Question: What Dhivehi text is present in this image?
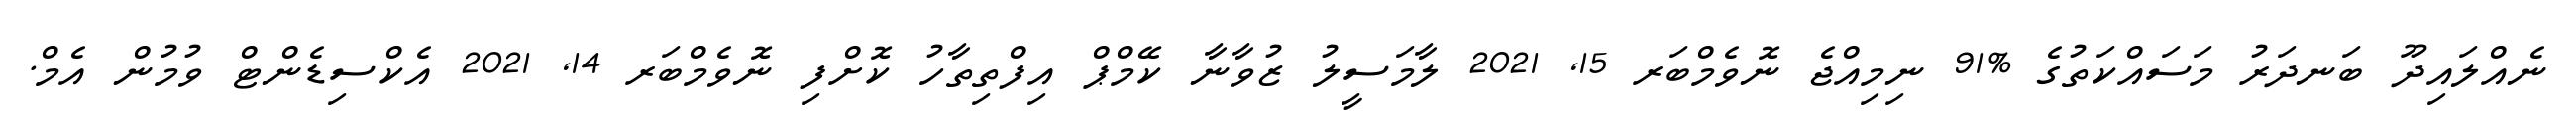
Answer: ނެއްލައިދޫ ބަނދަރު މަސައްކަތުގެ %91 ނިމިއްޖެ ނޮވެމްބަރ 15, 2021 ލާމަސީލު ޒުވާނާ ކޭމްޕް އިފްތިތާހު ކޮށްފި ނޮވެމްބަރ 14, 2021 އެކްސިޑެންޓް ވުމުން އެމް.